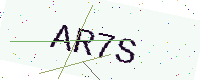
Text: AR7S